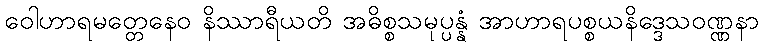
ဝေါဟာရမတ္တေနေဝ နိဿာရီယတိ အဓိစ္စသမုပ္ပန္နံ အာဟာရပစ္စယနိဒ္ဒေသဝဏ္ဏနာ